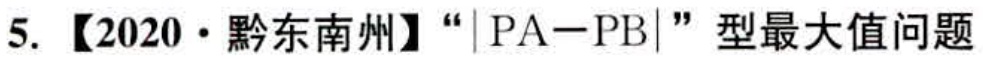
5. 【2020·黔东南州】“\(\vert PA - PB\vert\)”型最大值问题